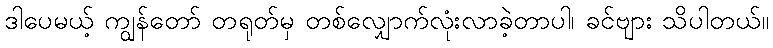
ဒါပေမယ့် ကျွန်တော် တရုတ်မှ တစ်လျှောက်လုံးလာခဲ့တာပါ၊ ခင်ဗျား သိပါတယ်။